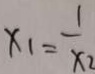
x _ { 1 } = \frac { 1 } { x _ { 2 } }